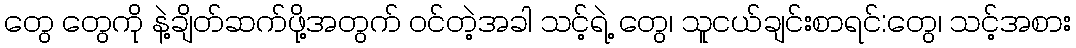
တွေ တွေကို နဲ့ချိတ်ဆက်ဖို့အတွက် ၀င်တဲ့အခါ သင့်ရဲ့ တွေ၊ သူငယ်ချင်းစာရင်:တွေ၊ သင့်အစား